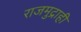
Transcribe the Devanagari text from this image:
राजमुद्राही